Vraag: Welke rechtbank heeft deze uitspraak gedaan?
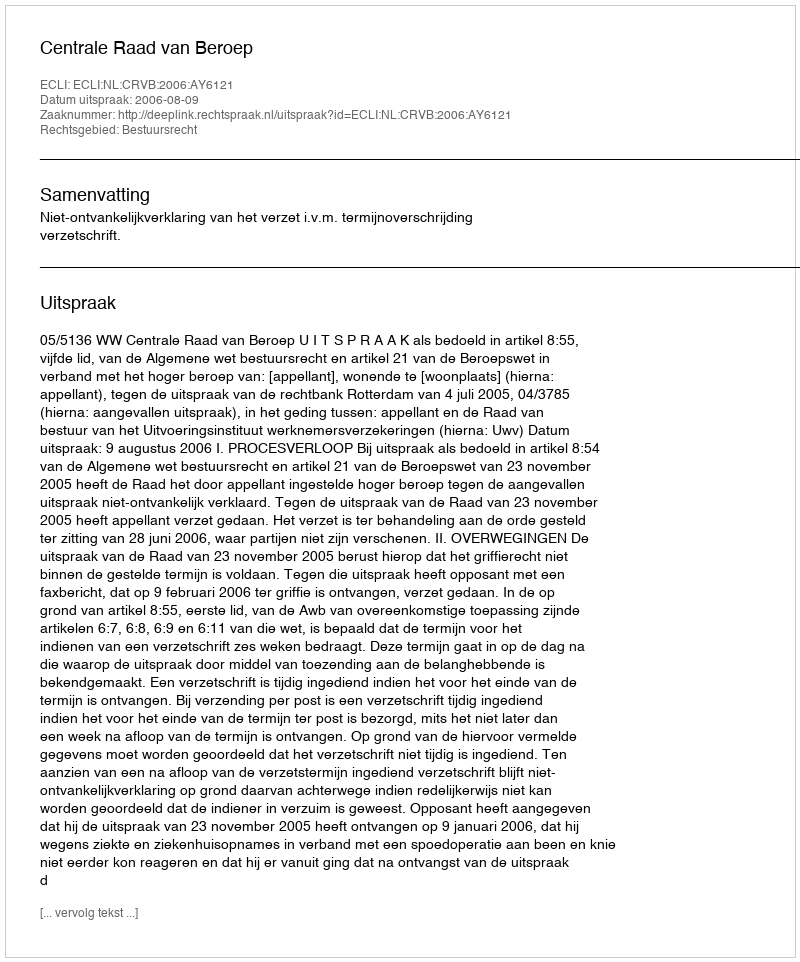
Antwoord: Centrale Raad van Beroep